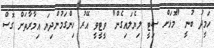
ހަމީދު ބުނީ "މޮޅަށް ސިޓީ ލިޔެލައިގެން" ވީޓީވީ އޭރު ހިންގަމުންދިޔަ އިމާރާތަށް ގޮސް